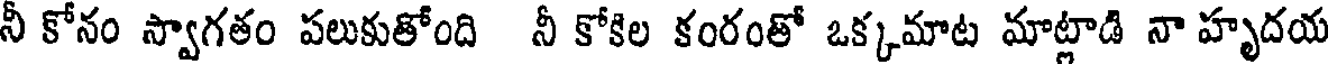
నీ కోనం స్వాగతం పలుకుతోంది నీ కోకిల కంరంతో ఒక్కమాట మాట్లాడి నా హృదయ